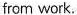
from work.